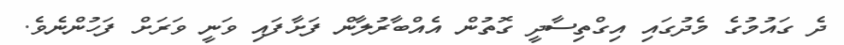
ދެ ގައުމުގެ މެދުގައި އިގްތިސާދީ ގޮތުން އެއްބާރުލާން ފަށާފައި ވަނީ ވަރަށް ފަހުންނެވެ.